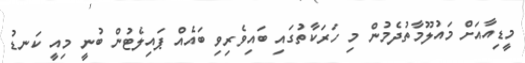
މީޑިއާއަށް މައުލޫމާތުދެމުން މި ހަރަކާތުގައި ބައިވެރިވި ބައެއް ޕައިލެޓުން ބުނީ މިއީ ކަނޑު